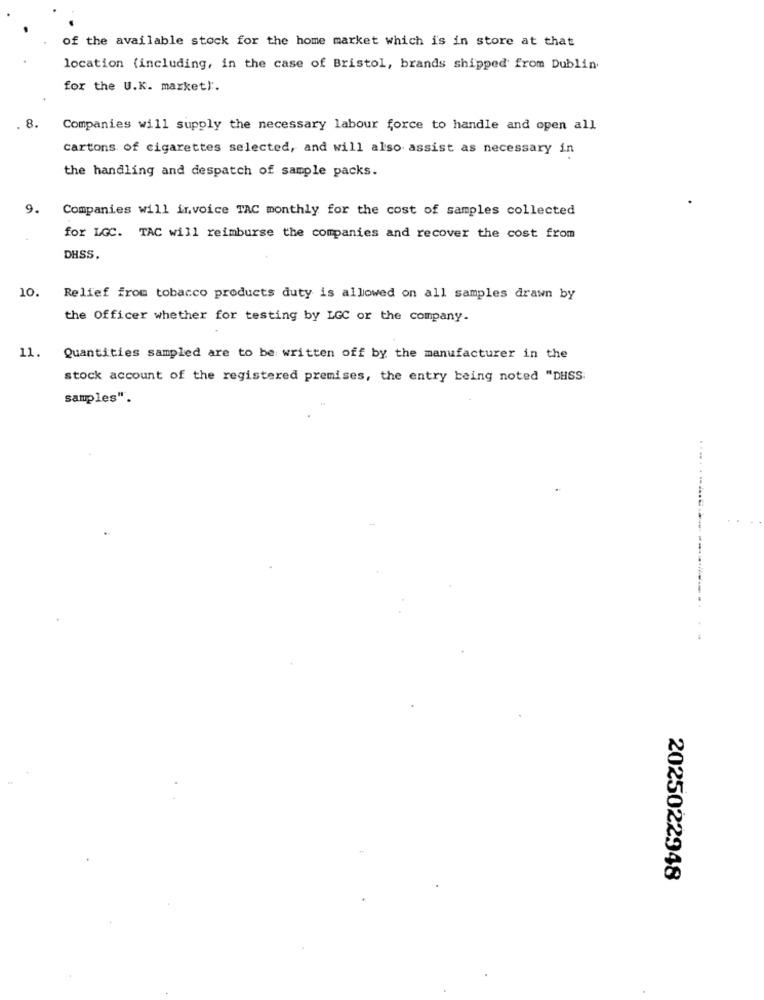
of the available stock for the home market which is in store at that
location (including, in the case of Bristol, brands shipped' from Dublin.
for the U.K. market).
8.
Companies will supply the necessary labour force to handle and open all
cartons of cigarettes selected, and will also assist as necessary in
the handling and despatch of sample packs.
9.
Companies will invoice TAC monthly for the cost of samples collected
for LGC. TAC will reimburse the companies and recover the cost from
DHSS.
10. Relief from tobacco products duty is allowed on all samples drawn by
the Officer whether for testing by LGC or the company.
11. Quantities sampled are to be written off by the manufacturer in the
stock account of the registered premises, the entry being noted "DHSS.
samples".
.... . .......
2025022948